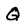
Character: Q